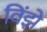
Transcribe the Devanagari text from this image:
विंझे